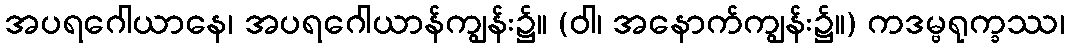
အပရဂေါယာနေ၊ အပရဂေါယာန်ကျွန်း၌။ (ဝါ၊ အနောက်ကျွန်း၌။) ကဒမ္ဗရုက္ခဿ၊